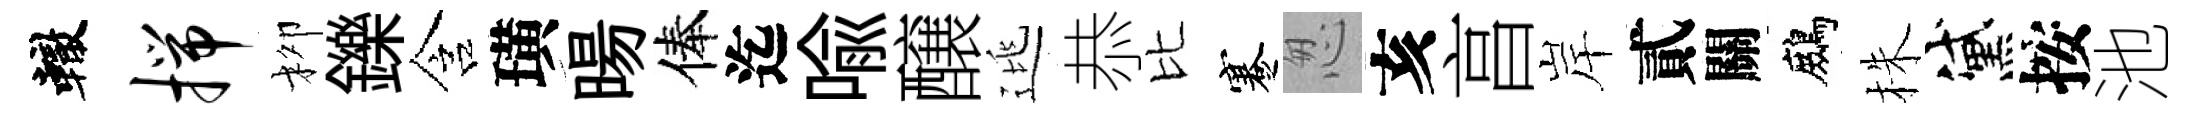
轍揣柳鑠含璜暘俸迄喻醸逃恭比蹇怱亥亯岸貳關鷓株黛按池